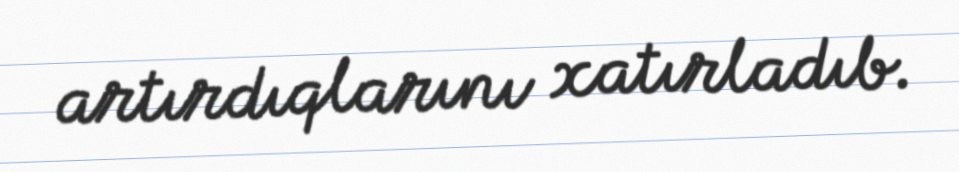
artırdıqlarını xatırladıb.